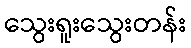
သွေးရူးသွေးတန်း